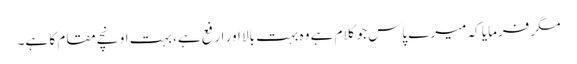
مگر فرمایا کہ میرے پاس جو کلام ہے وہ بہت بالا اور ارفع ہے، بہت اونچے مقام کا ہے۔